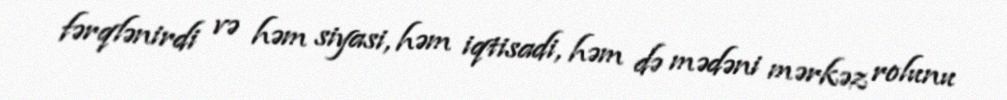
fərqlənirdi və həm siyasi, həm iqtisadi, həm də mədəni mərkəz rolunu